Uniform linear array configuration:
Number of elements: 32
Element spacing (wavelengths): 0.25
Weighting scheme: blackman
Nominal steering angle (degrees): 0
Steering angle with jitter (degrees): -0.9449
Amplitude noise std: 0.05
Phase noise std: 0.05

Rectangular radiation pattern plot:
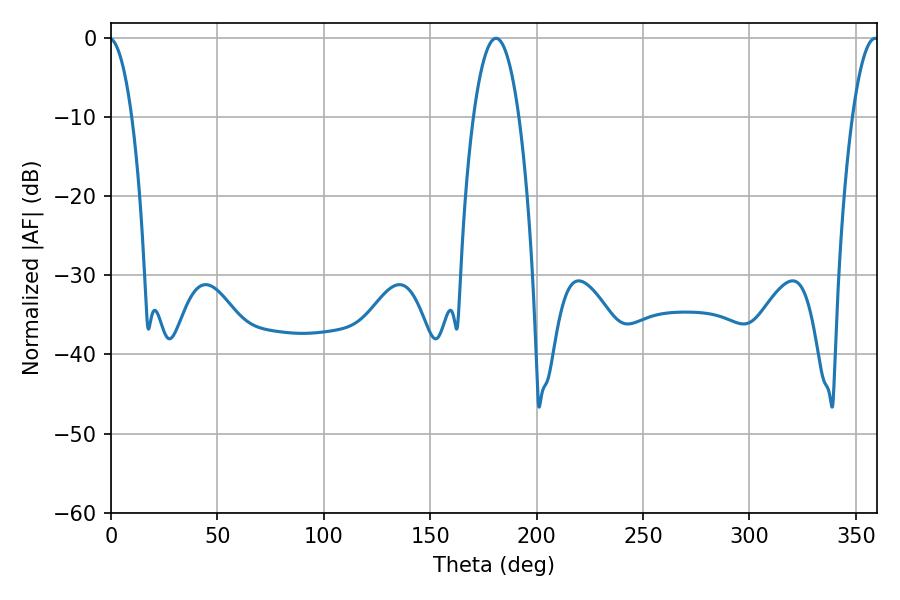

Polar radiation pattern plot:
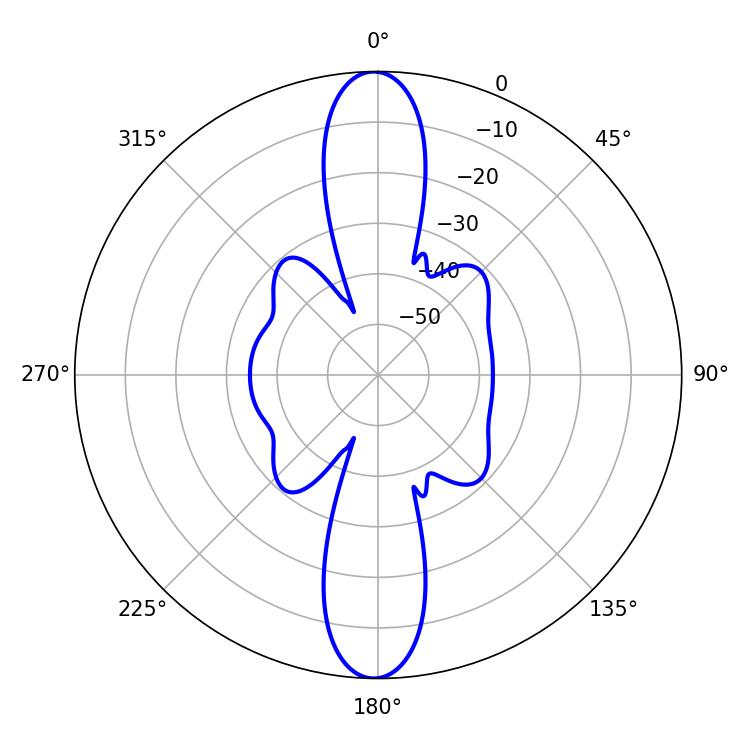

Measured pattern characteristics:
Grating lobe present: FALSE
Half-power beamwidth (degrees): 11.88
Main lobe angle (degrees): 180.9